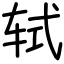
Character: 轼